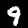
Digit: 9